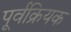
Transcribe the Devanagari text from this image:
पूर्वक्रियक